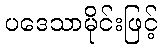
ပဒေသာမိုင်းဖြင့်